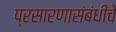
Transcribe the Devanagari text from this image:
प्रसारणासंबंधीचे